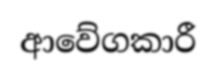
ආවේගකාරී